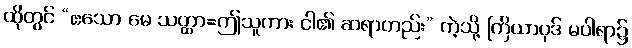
ထိုတွင် “ဧသော မေ သတ္ထာ=ဤသူကား ငါ၏ ဆရာတည်း” ကဲ့သို့ ကြိယာပုဒ် မပါရာ၌